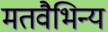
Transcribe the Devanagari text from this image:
मतवैभिन्य